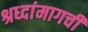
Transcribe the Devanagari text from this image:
श्रध्दांमागची